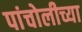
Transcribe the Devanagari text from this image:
पांचोलीच्या